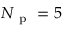
N _ { \mathrm { ~ p ~ } } = 5